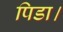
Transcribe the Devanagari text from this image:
पिडा।